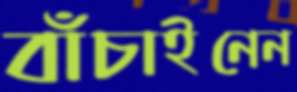
বাঁচাইনেন